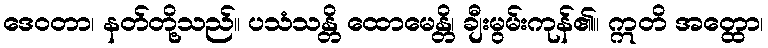
ဒေဝတာ၊ နတ်တို့သည်။ ပသံသန္တိ ထောမေန္တိ၊ ချီးမွမ်းကုန်၏။ ဣတိ အတ္ထော၊